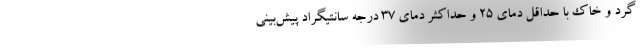
گرد و خاک با حداقل دمای ۲۵ و حداکثر دمای ۳۷ درجه سانتیگراد پیش‌بینی